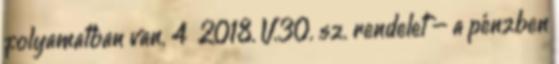
folyamatban van. 4 2018. V.30. sz. rendelet – a pénzben